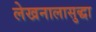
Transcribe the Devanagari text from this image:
लेखनालासुद्धा